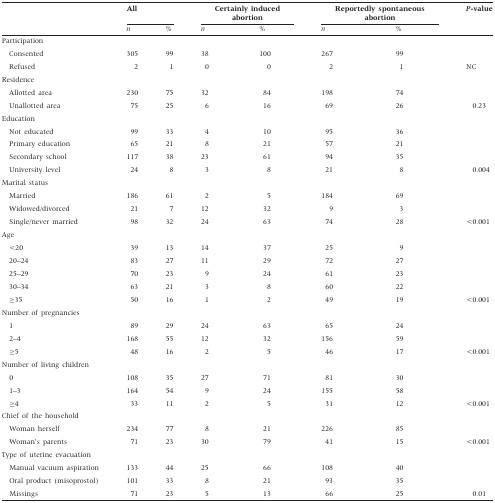
<table><thead><tr><td></td><td colspan="2"><b>All</b></td><td colspan="2"><b>Certainly induced abortion</b></td><td colspan="2"><b>Reportedly spontaneous abortion</b></td><td rowspan="2"><b><i>P</i>-value</b></td></tr><tr><td></td><td><b><i>n</i></b></td><td><b>%</b></td><td><b><i>n</i></b></td><td><b>%</b></td><td><b><i>n</i></b></td><td><b>%</b></td></tr></thead><tbody><tr><td>Participation</td><td></td><td></td><td></td><td></td><td></td><td></td><td></td></tr><tr><td>Consented</td><td>305</td><td>99</td><td>38</td><td>100</td><td>267</td><td>99</td><td></td></tr><tr><td>Refused</td><td>2</td><td>1</td><td>0</td><td>0</td><td>2</td><td>1</td><td>NC</td></tr><tr><td>Residence</td><td></td><td></td><td></td><td></td><td></td><td></td><td></td></tr><tr><td>Allotted area</td><td>230</td><td>75</td><td>32</td><td>84</td><td>198</td><td>74</td><td></td></tr><tr><td>Unallotted area</td><td>75</td><td>25</td><td>6</td><td>16</td><td>69</td><td>26</td><td>0.23</td></tr><tr><td>Education</td><td></td><td></td><td></td><td></td><td></td><td></td><td></td></tr><tr><td>Not educated</td><td>99</td><td>33</td><td>4</td><td>10</td><td>95</td><td>36</td><td></td></tr><tr><td>Primary education</td><td>65</td><td>21</td><td>8</td><td>21</td><td>57</td><td>21</td><td></td></tr><tr><td>Secondary school</td><td>117</td><td>38</td><td>23</td><td>61</td><td>94</td><td>35</td><td></td></tr><tr><td>University level</td><td>24</td><td>8</td><td>3</td><td>8</td><td>21</td><td>8</td><td>0.004</td></tr><tr><td>Marital status</td><td></td><td></td><td></td><td></td><td></td><td></td><td></td></tr><tr><td>Married</td><td>186</td><td>61</td><td>2</td><td>5</td><td>184</td><td>69</td><td></td></tr><tr><td>Widowed/divorced</td><td>21</td><td>7</td><td>12</td><td>32</td><td>9</td><td>3</td><td></td></tr><tr><td>Single/never married</td><td>98</td><td>32</td><td>24</td><td>63</td><td>74</td><td>28</td><td>&lt;0.001</td></tr><tr><td>Age</td><td></td><td></td><td></td><td></td><td></td><td></td><td></td></tr><tr><td>&lt;20</td><td>39</td><td>13</td><td>14</td><td>37</td><td>25</td><td>9</td><td></td></tr><tr><td>20–24</td><td>83</td><td>27</td><td>11</td><td>29</td><td>72</td><td>27</td><td></td></tr><tr><td>25–29</td><td>70</td><td>23</td><td>9</td><td>24</td><td>61</td><td>23</td><td></td></tr><tr><td>30–34</td><td>63</td><td>21</td><td>3</td><td>8</td><td>60</td><td>22</td><td></td></tr><tr><td>≥35</td><td>50</td><td>16</td><td>1</td><td>2</td><td>49</td><td>19</td><td>&lt;0.001</td></tr><tr><td>Number of pregnancies</td><td></td><td></td><td></td><td></td><td></td><td></td><td></td></tr><tr><td>1</td><td>89</td><td>29</td><td>24</td><td>63</td><td>65</td><td>24</td><td></td></tr><tr><td>2–4</td><td>168</td><td>55</td><td>12</td><td>32</td><td>156</td><td>59</td><td></td></tr><tr><td>≥5</td><td>48</td><td>16</td><td>2</td><td>5</td><td>46</td><td>17</td><td>&lt;0.001</td></tr><tr><td>Number of living children</td><td></td><td></td><td></td><td></td><td></td><td></td><td></td></tr><tr><td>0</td><td>108</td><td>35</td><td>27</td><td>71</td><td>81</td><td>30</td><td></td></tr><tr><td>1–3</td><td>164</td><td>54</td><td>9</td><td>24</td><td>155</td><td>58</td><td></td></tr><tr><td>≥4</td><td>33</td><td>11</td><td>2</td><td>5</td><td>31</td><td>12</td><td>&lt;0.001</td></tr><tr><td>Chief of the household</td><td></td><td></td><td></td><td></td><td></td><td></td><td></td></tr><tr><td>Woman herself</td><td>234</td><td>77</td><td>8</td><td>21</td><td>226</td><td>85</td><td></td></tr><tr><td>Woman’s parents</td><td>71</td><td>23</td><td>30</td><td>79</td><td>41</td><td>15</td><td>&lt;0.001</td></tr><tr><td>Type of uterine evacuation</td><td></td><td></td><td></td><td></td><td></td><td></td><td></td></tr><tr><td>Manual vacuum aspiration</td><td>133</td><td>44</td><td>25</td><td>66</td><td>108</td><td>40</td><td></td></tr><tr><td>Oral product (misoprostol)</td><td>101</td><td>33</td><td>8</td><td>21</td><td>93</td><td>35</td><td></td></tr><tr><td>Missings</td><td>71</td><td>23</td><td>5</td><td>13</td><td>66</td><td>25</td><td>0.01</td></tr></tbody></table>